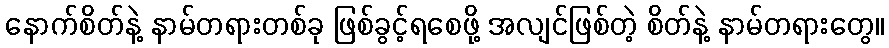
နောက်စိတ်နဲ့ နာမ်တရားတစ်ခု ဖြစ်ခွင့်ရစေဖို့ အလျင်ဖြစ်တဲ့ စိတ်နဲ့ နာမ်တရားတွေ။